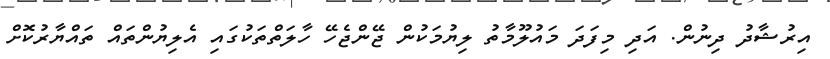
އިރުޝާދު ދިނުން. އަދި މިފަދަ މައުލޫމާތު ލިޔުމަކުން ޖޭންޖެހޭ ހާލަތްތަކުގައި އެލިޔުންތައް ތައްޔާރުކޮށް